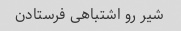
شیر رو اشتباهی فرستادن